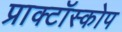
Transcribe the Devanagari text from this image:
प्राक्टॉस्कोप